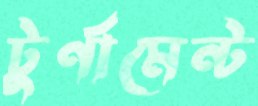
টুর্ণামেন্ট